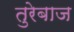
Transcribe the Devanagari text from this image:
तुरेबाज